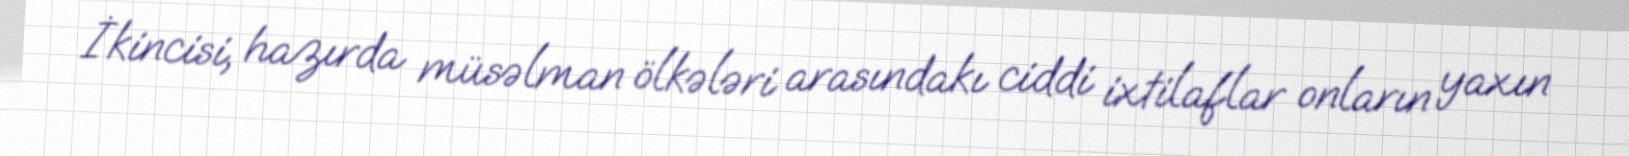
İkincisi, hazırda müsəlman ölkələri arasındakı ciddi ixtilaflar onların yaxın